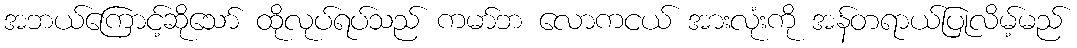
အဘယ်ကြောင့်ဆိုသော် ထိုလုပ်ရပ်သည် ကမာ်ဘ လောကငယ် အားလုံးကို အန်တရာယ်ပြုလိမ့်မည်